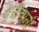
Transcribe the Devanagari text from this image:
हरीणांनी